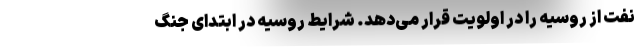
نفت از روسیه را در اولویت قرار می‌دهد. شرایط روسیه در ابتدای جنگ